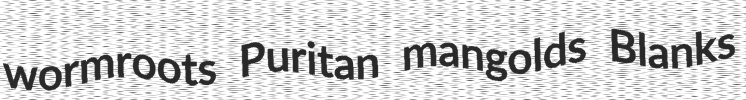
wormroots Puritan mangolds Blanks